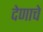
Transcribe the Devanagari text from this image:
देणाचे